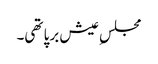
مجلسِ عیش برپا تھی۔